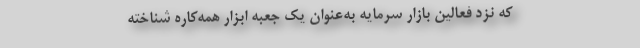
که نزد فعالین بازار سرمایه به‌عنوان یک جعبه ابزار همه‌کاره شناخته